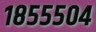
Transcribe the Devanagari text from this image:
१८५५५०४